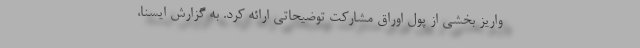
واریز بخشی از پول اوراق مشارکت توضیحاتی ارائه کرد. به گزارش ایسنا،